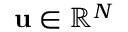
\mathbf { u } \in \mathbb { R } ^ { N }